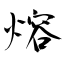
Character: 熔